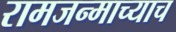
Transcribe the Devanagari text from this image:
रामजन्माच्याच